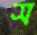
স